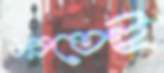
ধরতেই